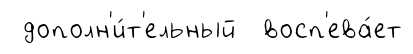
дополн'и́т'ельный восп'ева́ет